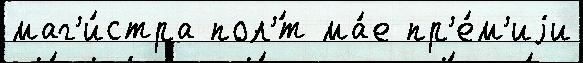
маг'и́стра пол'́т ма́е пр'е́м'иjи